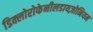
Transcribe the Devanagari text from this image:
डिक्लोरोफेनीलडायज़ोनियम